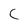
Character: c